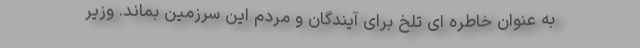
به عنوان خاطره ای تلخ برای آیندگان و مردم این سرزمین بماند. وزیر